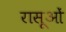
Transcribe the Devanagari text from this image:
रासूओं